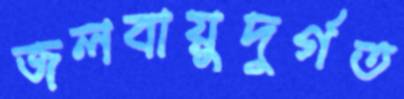
জলবায়ুদুর্গত